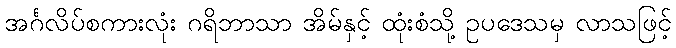
အင်္ဂလိပ်စကားလုံး ဂရိဘာသာ အိမ်နှင့် ထုံးစံသို့ ဥပဒေသမှ လာသဖြင့်